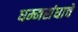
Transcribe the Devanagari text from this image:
धम्मसंघाचे